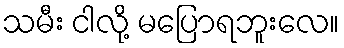
သမီး ငါလို့ မပြောရဘူးလေ။